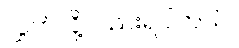
လွှတ်လို့လည်းရပါတယ်။